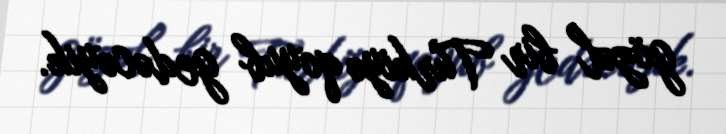
gözəl bir Türkiyə qoyub gedəcəyik.